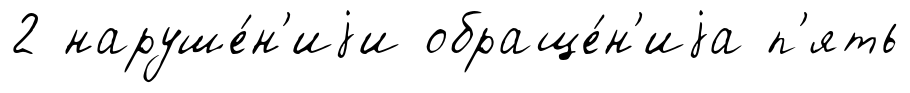
2 наруше́н'иjи обраще́н'иjа п'ять